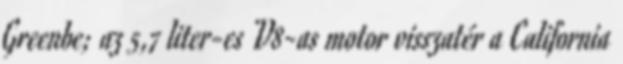
Greenbe; az 5,7 liter-es V8-as motor visszatér a California